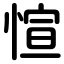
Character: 愃